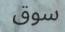
سوق